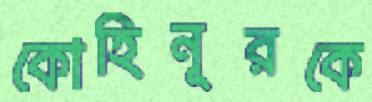
কোহিনূরকে